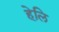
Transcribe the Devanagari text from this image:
हेलि